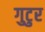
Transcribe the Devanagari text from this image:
गुटुर